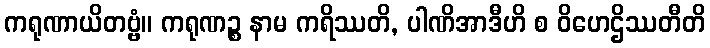
ကရုဏာယိတဗ္ဗံ။ ကရုဏဉ္စ နာမ ကရိဿတိ, ပါဏိအာဒီဟိ စ ဝိဟေဌိဿတီတိ